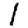
Digit: 1